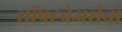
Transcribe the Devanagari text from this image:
सॉफ्टवेअर्सचा